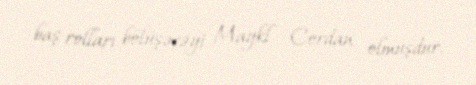
baş rolları bölüşəcəyi Maykl Cordan olmuşdur.